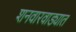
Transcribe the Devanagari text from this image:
शनवारवाड्यात